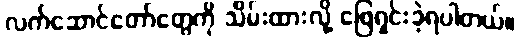
လက်ဆောင်တော်တွေကို သိမ်းထားလို့ ဖြေရှင်းခဲ့ရပါတယ်။